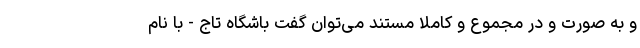
و به صورت و در مجموع و کاملا مستند می‌توان گفت باشگاه تاج - با نام